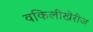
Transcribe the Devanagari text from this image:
वकिलीखेरीज